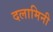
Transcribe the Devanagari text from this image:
दलामिनी